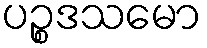
ပဉ္စဒသမော